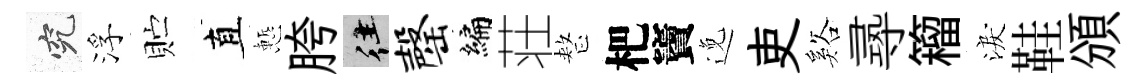
究浮贮直慙胯往罄编荘整杷竇𨓜吏谿𡬶籕淚鞋頒